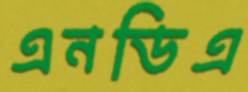
এনডিএ